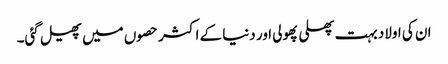
ان کی اولاد بہت پھلی پھولی اور دنیا کے اکثر حصوں میں پھیل گئی۔